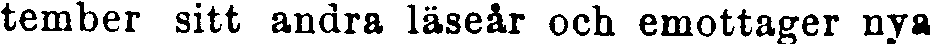
temder sitt andra läseår och emottager nya